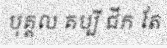
បុគ្គល គប្បី ជីក តែ